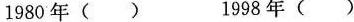
1980年( ) 1998年( )